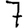
Digit: 7